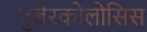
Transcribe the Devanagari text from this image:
टुबेरकोलोसिस